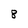
Character: 8